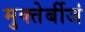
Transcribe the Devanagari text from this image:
मुक्तेर्बीजं